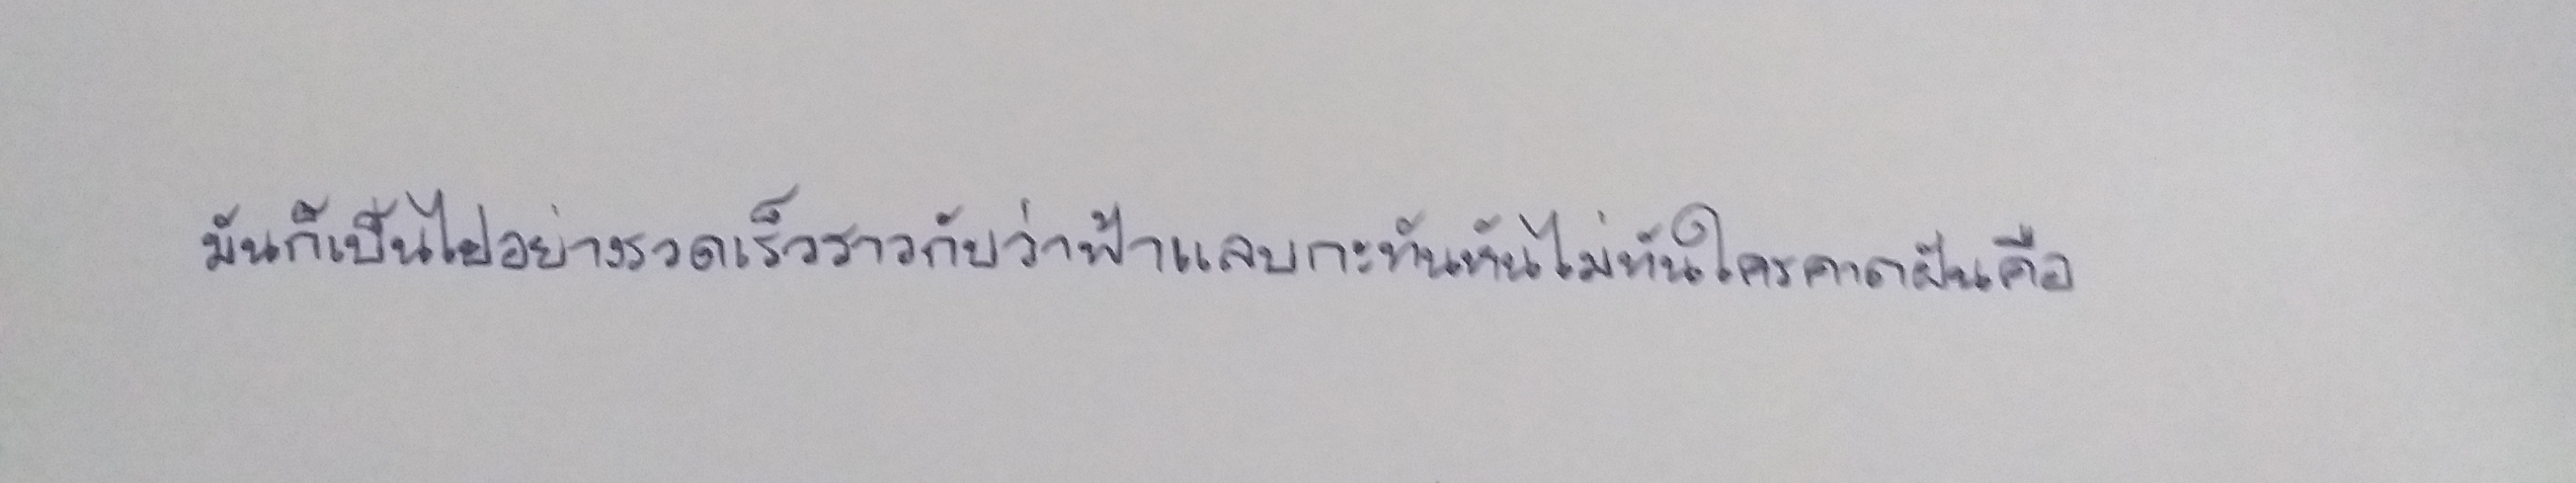
มันก็เป็นไปอย่างรวดเร็วราวกับว่าฟ้าแลบกะทันหันไม่ทันใครคาดฝันคือ